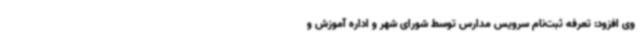
وی افزود: تعرفه ثبت‌نام سرویس مدارس توسط شورای شهر و اداره آموزش و